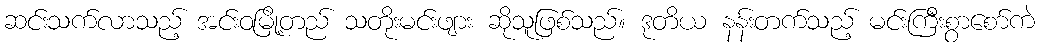
ဆင်းသက်လာသည့် အင်းဝမြို့တည် သတိုးမင်းဖျား ဆိုသူဖြစ်သည်။ ဒုတိယ နန်းတက်သည့် မင်းကြီးစွာစော်ကဲ